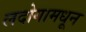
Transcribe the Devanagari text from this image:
लदोगामधून